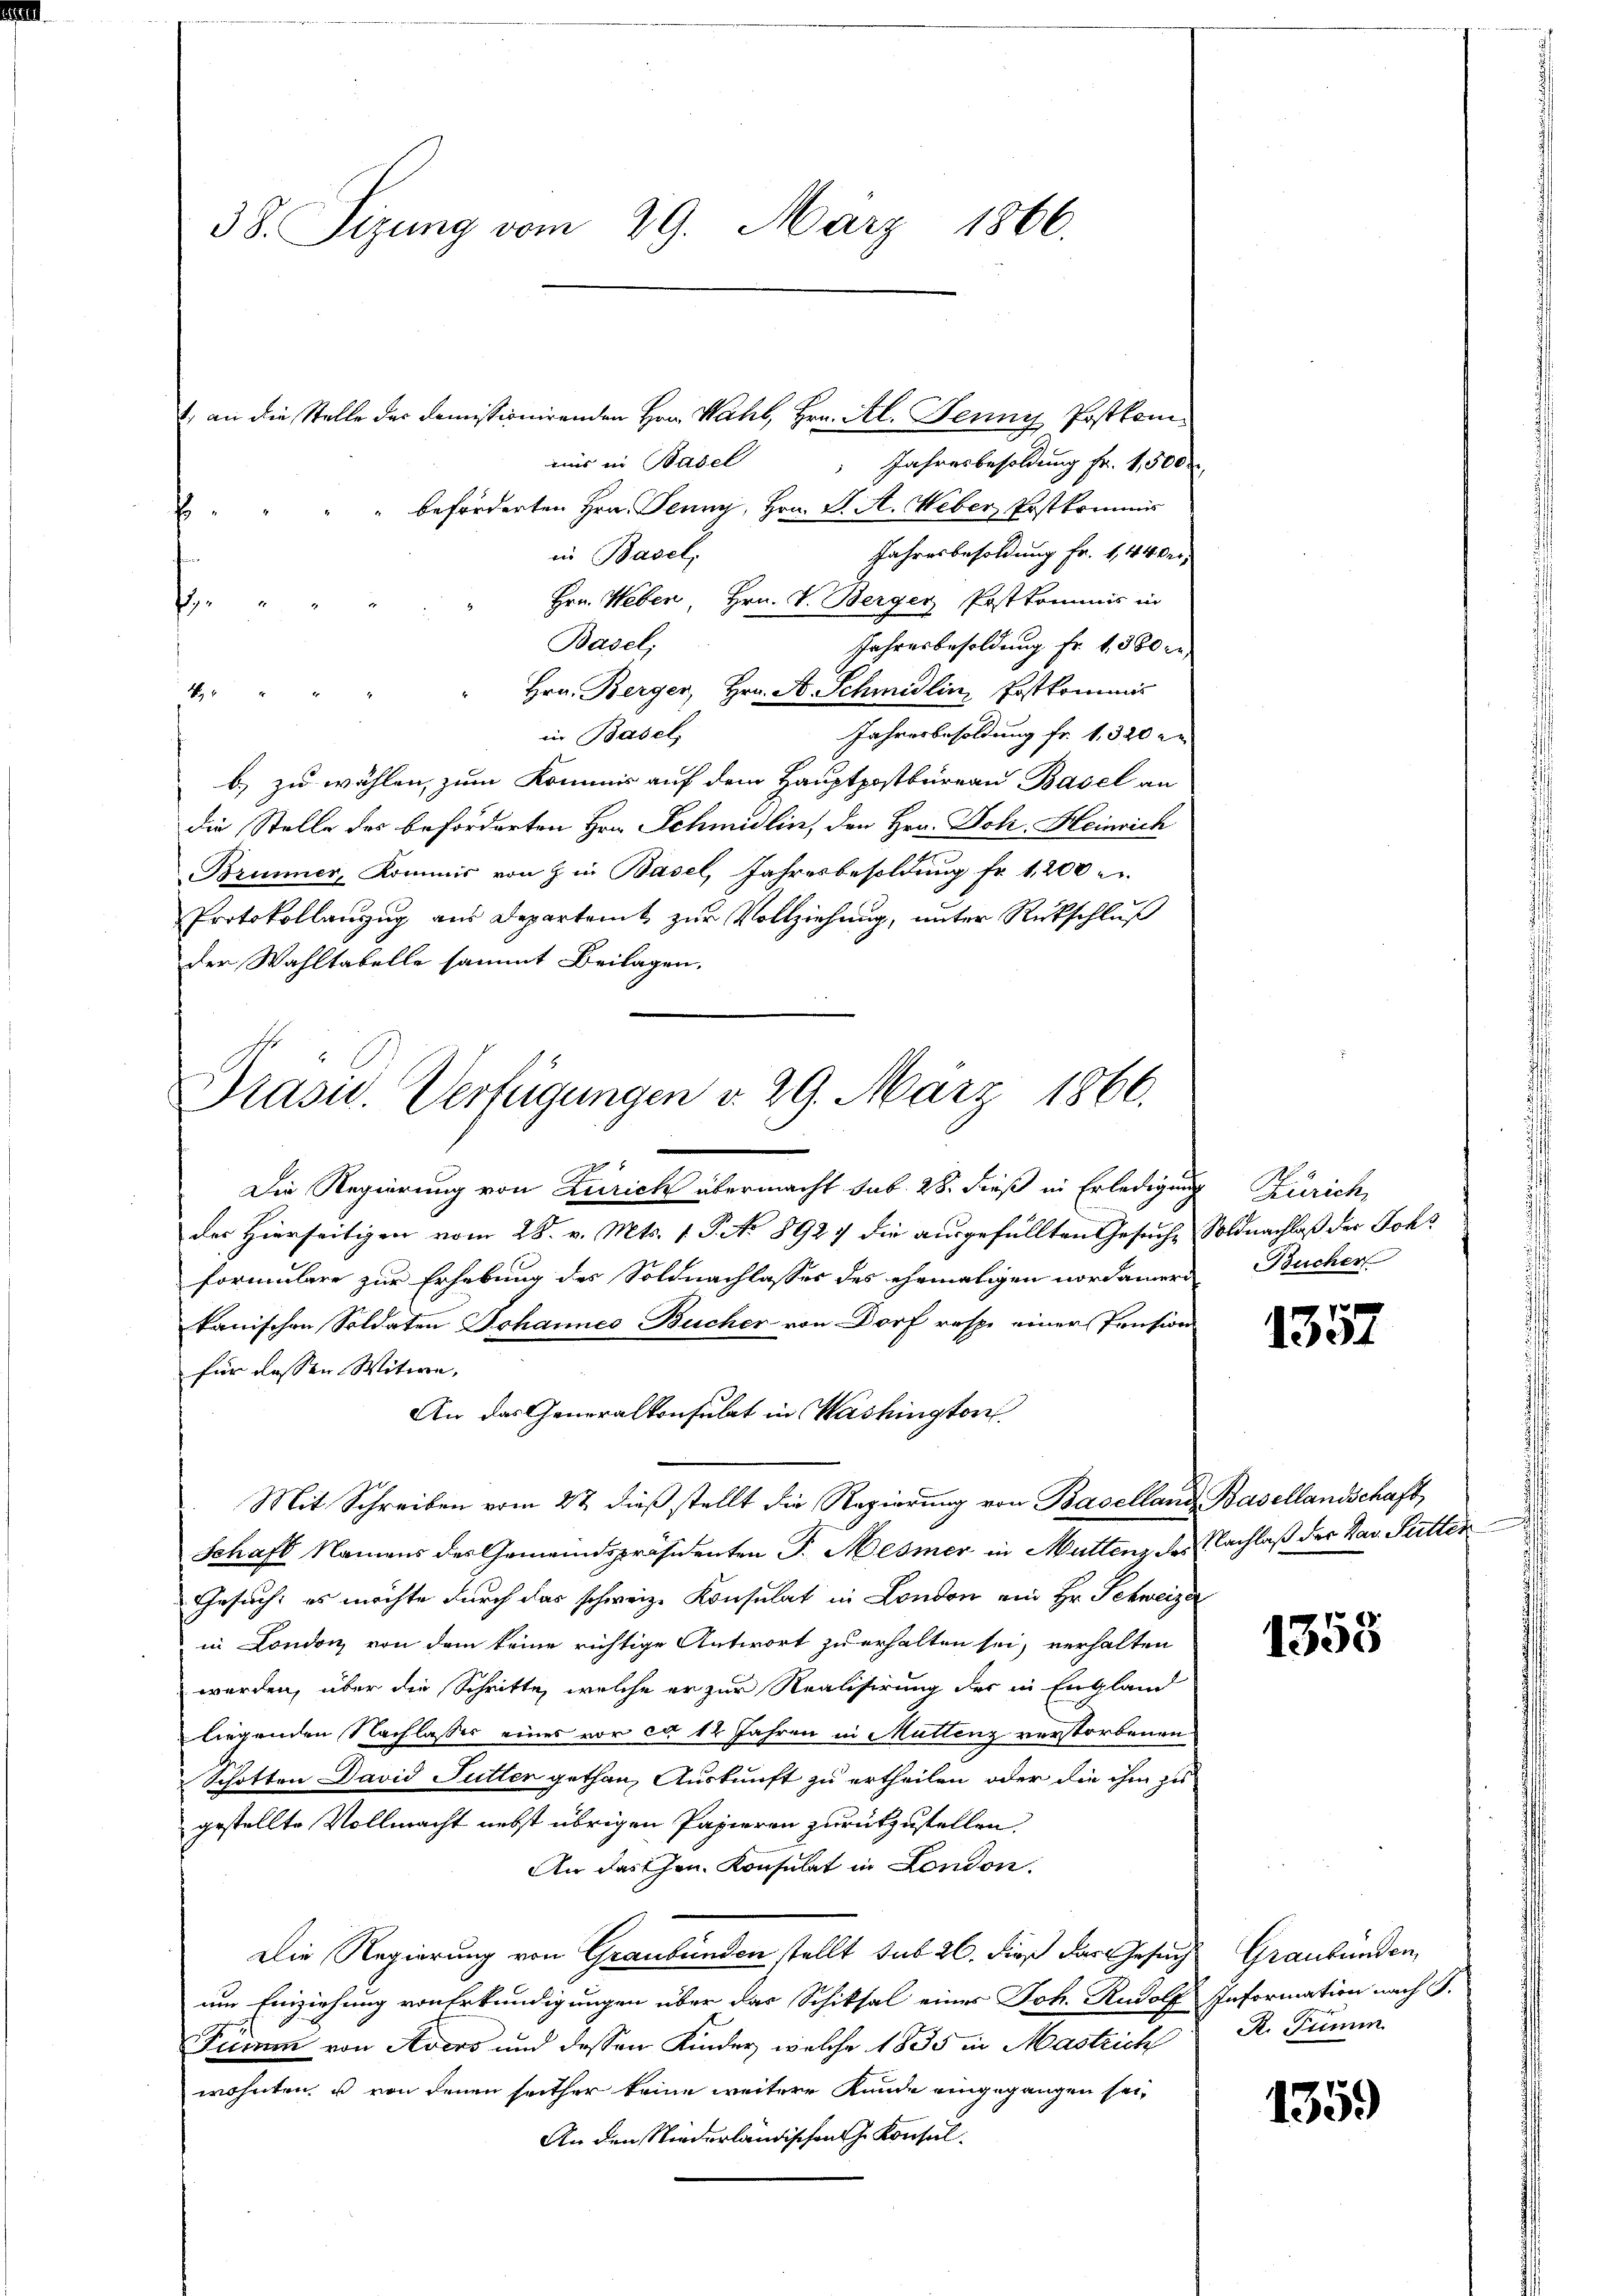
38. Sizung vom 29. März 1866.

1) an die Stelle des Domissionirenden Hrn. Wahl, Hrn. Al. Jenny Postkomuis in Basel " Jahresbesoldŭng fr. 1,500
 " " " " beförderten Hrn. Jenny, Hrn. F. A. Weber, Prstkommis
Jahresbesoldung Fr. 1, 44 der
in Basel,
Hrn. Weben, Hrn. V. Berger Postkommis in
f
Basel;
Jahresbesoldung Fr. 1380 r
Hrn. Berger, Hrn. A. Schmidlin, Postkommis
N 22
Jahresbesoldung fr. 1, 320 er
in Basel,
b) zu wählen, zum Kommis auf dem Hauptpostbureau Basel an
die Stelle des beforderten Hrn. Schmidlin, den Hrn. Joh. Heinrich
Brunner, Kommis von Z. in Basel, Jahresbesoldung fr. 1200
Protokollanzug aus Departamt zŭr Vollziehung, unter Rückschluß
der Wahltabelle sammt Beilagen.
Die Regierung von Zürich übermacht sub. 28. dieß in Erledigung Zürich,
der Hierseitigen vom 28. v. Mts. 1. P. No 8927 die ausgefüllten Gesuche Soldnachlaß der Johs
formulare zur Erhebung des Soldnachlasses des ehemaligen nordamern Bucher
kanischen Soldaten Johannes Bucher von Dorf resp. einer Pension
für dassen Witwe,
An das Generalkonsulat in Washington
Mit Schreiben vom 2t dieß stellt die Regierung von Baselland Basellandschaft,
Schaft Namens des Gemeindspräsidenten J. Mesmer in Muttenz des Nachlaß der Sav. Sutter
Gesuch, es möchte durch das schweiz. Konsulat in London ein Hr. Schweize
in London von dem keine richtige Antwort zu erhalten sei, verhalten
werden, über die Schritte, welche er zur Realisirung der in England
liegenden Nachlasses eines vor ca 12 Jahren in Muttenz verstorbenen
Schotten David Futter gethan, Auskunft zu ertheilen, oder die ihm zu
gestellte Vollmacht nebst übrigen Papieren zurükzustellen.
An das Hrn. Konsulat in London.
Die Regierung von Graubünden stellt sub 26. dieß das Gesuch Graubünden,
um Einziehung von Erkundigungen über das Schiksal eines Joh. Rudolf Information nach S.
Fumm von Aders und dessen Kinder, welche 1835 in Mastrich
wohnten, u von denen seither keine weitere Kunde eingegangen sei,
An den Niederländischen J. Konsul¬

Präsid. Verfügungen v. 29. März 1866.

1357

1355

R. Tumm

135.)